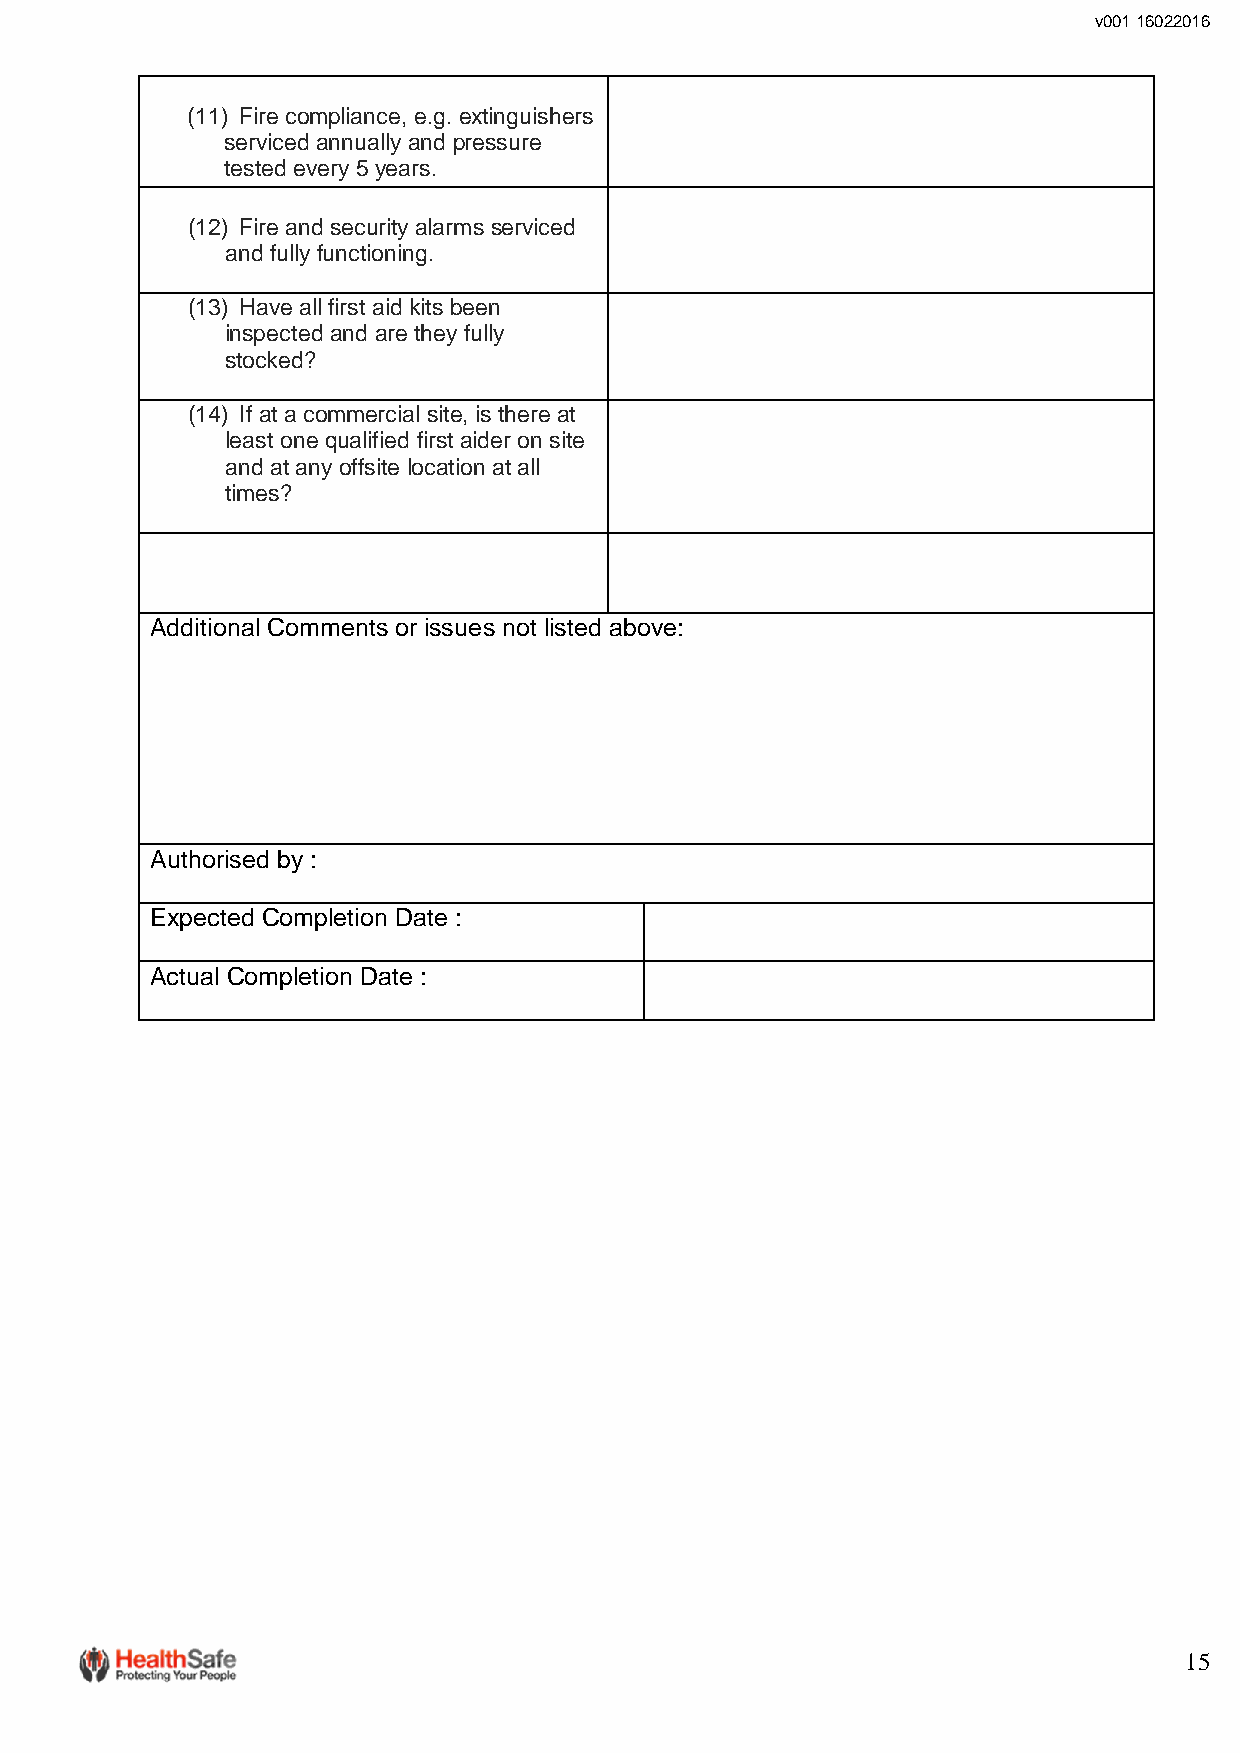
v001 16022016
 (11) Fire compliance, e.g. extinguishers
 serviced annually and pressure
 tested every 5 years.
 (12) Fire and security alarms serviced
 and fully functioning.
 (13) Have all first aid kits been
 inspected and are they fully
 stocked?
 (14) If at a commercial site, is there at
 least one qualified first aider on site
 and at any offsite location at all
 times?
 Additional Comments or issues not listed above:
 Authorised by :
 Expected Completion Date :
 Actual Completion Date :
 15